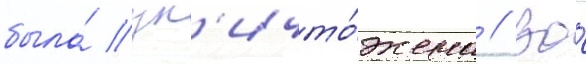
была́ ун'ичто́жена // Во́